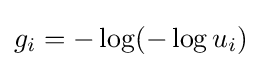
g_{i}=-\log(-\log u_{i})